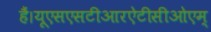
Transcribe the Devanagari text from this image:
हैं।यूएसएसटीआरऐटीसीओएम्